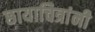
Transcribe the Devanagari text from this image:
छायाचित्रांनी